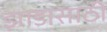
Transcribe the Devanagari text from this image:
झाडासाठी